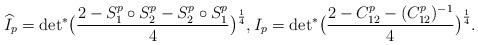
LaTeX: \begin{align*}\widehat{I}_{p} = {\det}^\ast\big(\frac{2-S^p_1\circ S^p_2-S^p_2\circ S^p_1}{4}\big)^{\frac{1}{4}}, I_p = {\det}^\ast\big(\frac{2-C^p_{12}-(C^p_{12})^{-1}}{4}\big)^{\frac{1}{4}}.\end{align*}